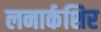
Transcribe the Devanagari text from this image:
लनार्कशिर